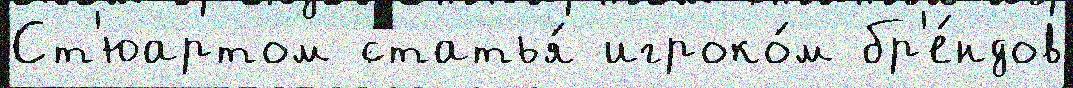
Ст'юартом статья́ игроко́м бр'е́ндов